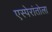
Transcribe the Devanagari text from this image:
एस्पेरांतोला